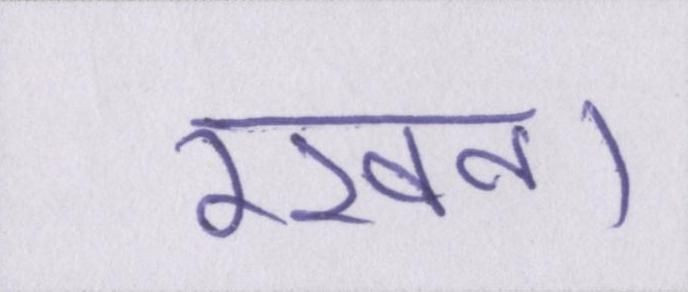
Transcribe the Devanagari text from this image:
रखना